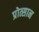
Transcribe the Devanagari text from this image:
प्रोत्सान